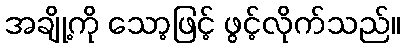
အချို့ကို သော့ဖြင့် ဖွင့်လိုက်သည်။